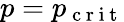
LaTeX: p=p_{\mathrm{~c~r~i~t~}}